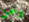
وخمن